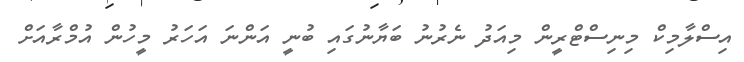
އިސްލާމިކް މިނިސްޓްރީން މިއަދު ނެރުނު ބަޔާނުގައި ބުނީ އަންނަ އަހަރު މީހުން އުމްރާއަށް